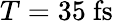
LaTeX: T=35~\mathrm{fs}